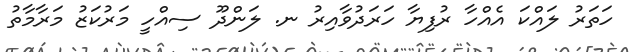
ހަތަރު ލައްކަ އެއްހާ ރުފިޔާ ހަރަދުވާއިރު ނ. ލަންދޫ ސިއްހީ މަރުކަޒު މަރާމާތު